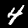
Digit: 4